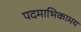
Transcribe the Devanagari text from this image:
पदमाभिकामय